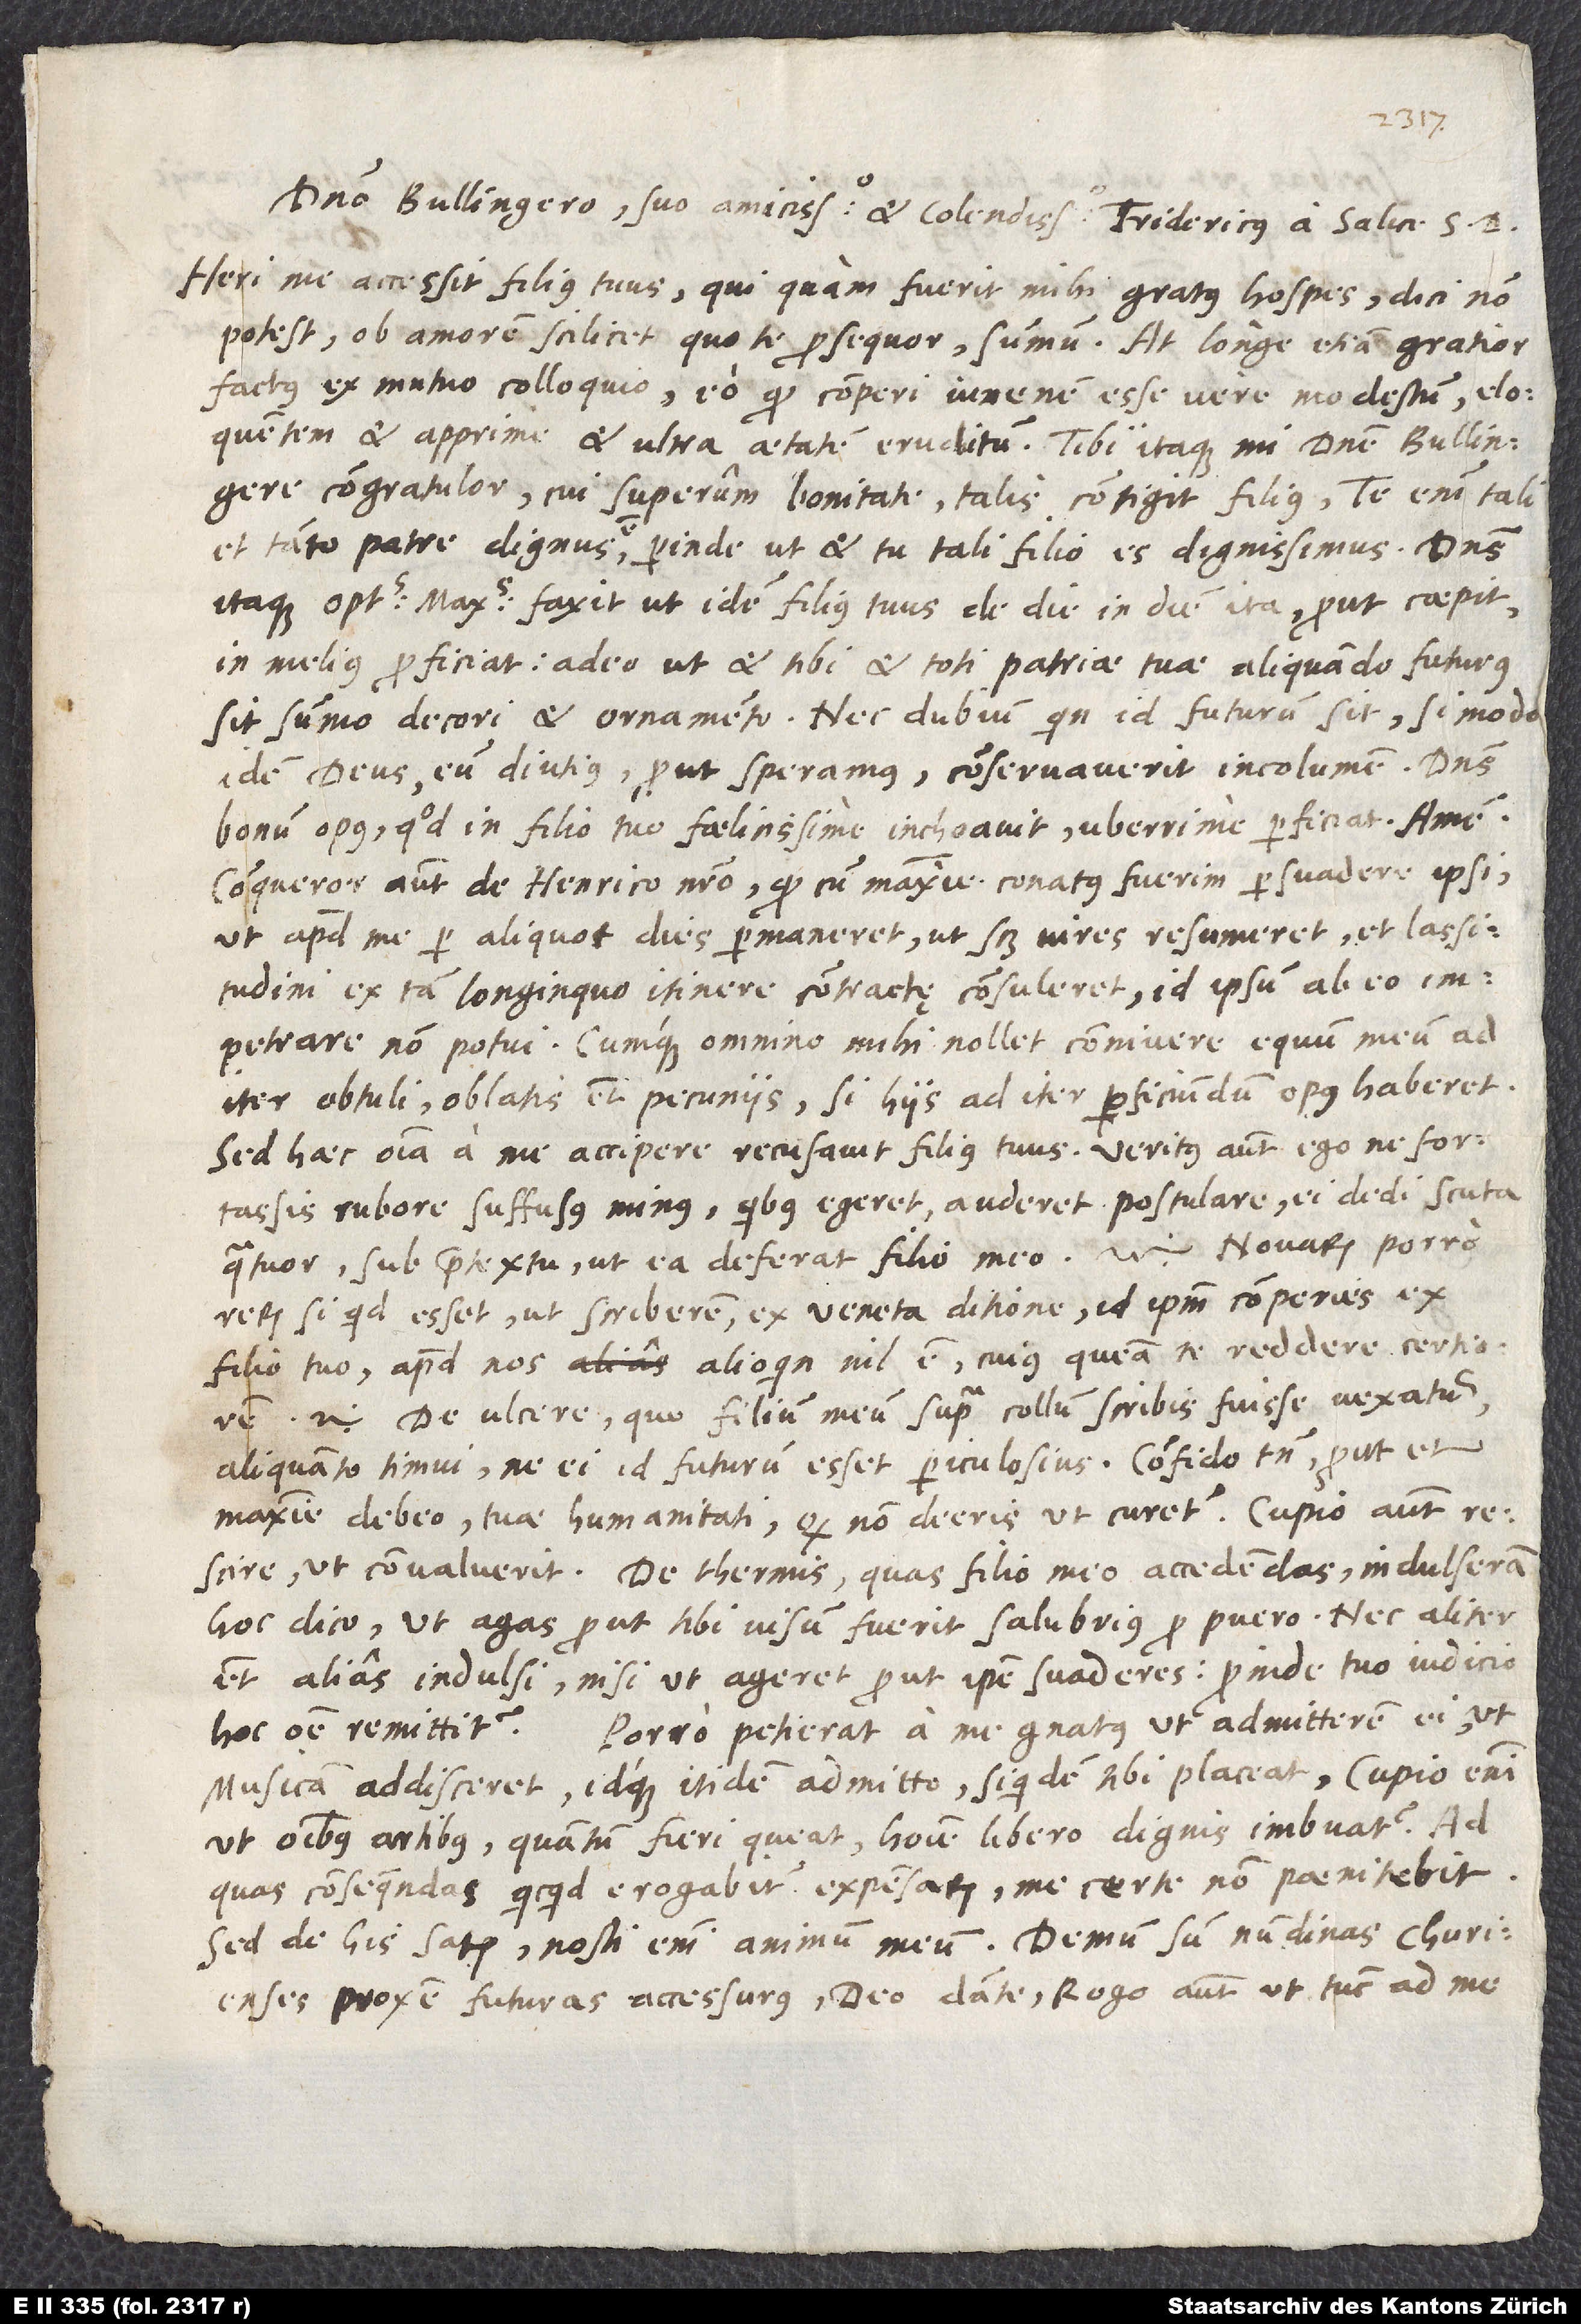
Domino Bullingero, suo amicissimo et colendissimo, Federicus a Salice S.
Heri me accessit filius tuus, qui quam fuerit mihi gratus hospes, dici non
potest, ob amorem scilicet, quo te prosequor, summum. At longe etiam gratior
factus ex mutuo colloquio, eo quod comperi iuvenem esse vere modestum, eloquentem
et apprime et ultra aetatem eruditum. Tibi itaque, mi domine Bullingere,
congratulor, cui superum bonitate talis contigit filius; te enim tali
itaque optimus maximus faxit, ut idem filius tuus de die in diem ita, prout coepit,
in melius proficiat, adeo ut et tibi et toti patriae tuae aliquando futurus
sit summo decori et ornamento! Nec dubium, quin id futurum sit, si modo
idem deus eum diutius, prout speramus, conservaverit incolumem. Dominus
opus, quod in filio tuo foelicissime inchoavit, uberrime perficiat. Amen.
Conqueror autem de Henrico nostro, quod, cum maxime conatus sim persuadere ipsi,
ut apud me per aliquot dies permaneret, ut scilicet vires resumeret et lassitudini
ex tam longiquo itinere contractę consuleret, id ipsum abeo
impetrare non potui. Cumque omnino mihi nollet connivere, equum meum ad
iter obtuli oblatis etiam pecuniis, si hiis ad iter perficiundum opus haberet.
fortassis rubore suffusus minus, quibus egeret, auderet postulare, ei dedi scuta
quatuor sub praetextu, ut ea deferat filio meo etc. Novarum porro
si quid esset, ut scriberem, ex Veneta ditione, id ipsum comperies ex
filio tuo. Apud nos alioquin nil est, cuius queam te reddere certiorem
De ulcere, quo filium meum supra collum scribis fuisse vexatum,
aliquanto timui, ne ei id futurum esset periculosius; confido tamen, prout et
maxime debeo, tuae humanitati, quod non deeris, ut curetur. Cupio autem
hoc dico, ut agas, prout tibi visum fuerit salubrius pro puero; nec aliter
etiam alias indulsi, nisi ut ageret, prout ipse suaderes; proinde tuo iudicio
hoc omne remittitur. Porro petierat a me gnatus, ut admitterem ei, ut
musicam addisceret, idque itidem admitto, siquidem tibi placeat; cupio enim,
ut omnibus artibus, quantum fieri queat, homine libero dignis imbuatur. Ad
quas consequendas quicquid erogabitur expensarum, me certe non poenitebit.
Sed de his satis; nosti enim animum meum. Demum sum nundinas Churienses